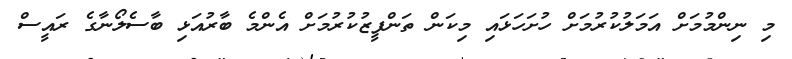
މި ނިންމުމަށް އަމަލުކުރުމަށް ހުށަހަޅައި މިކަން ތަންފީޒުކުރުމަށް އެންމެ ބާރުއަޅި ބާސެލޯނާގެ ރައީސް